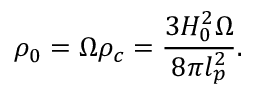
\rho _ { 0 } = \Omega \rho _ { c } = \frac { 3 H _ { 0 } ^ { 2 } \Omega } { 8 \pi l _ { p } ^ { 2 } } .